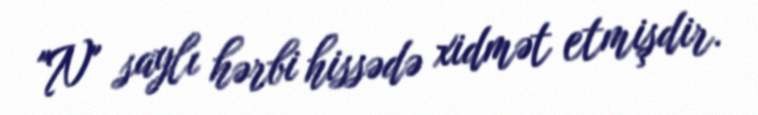
"N" saylı hərbi hissədə xidmət etmişdir.